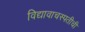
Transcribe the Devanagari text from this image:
विद्यावाचस्पतीची